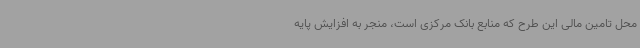
محل تامین مالی این طرح که منابع بانک مرکزی است، منجر به افزایش پایه